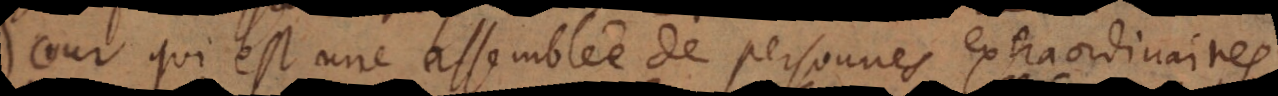
cour qui est une assemblée de personnes extraordinaires